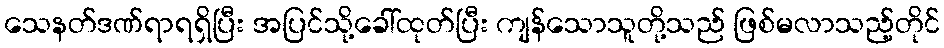
သေနတ်ဒဏ်ရာရရှိပြီး အပြင်သို့ခေါ်ထုတ်ပြီး ကျန်သောသူတို့သည် ဖြစ်မလာသည့်တိုင်